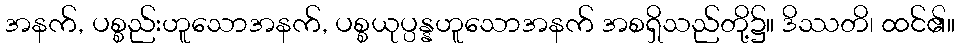
အနက်, ပစ္စည်းဟူသောအနက်, ပစ္စယုပ္ပန္နဟူသောအနက် အစရှိသည်တို့၌။ ဒိဿတိ၊ ထင်၏။